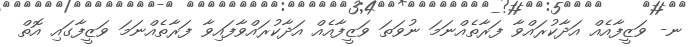
ނ- ވަޒީފާއެއް އަދާކުރައްވާ ފަރާތެއްނަމަ ނުވަތަ ވަޒީފާއެއް އަދާކުރައްވާފައިވާ ފަރާތެއްނަމަ ވަޒީފާގައި އޮތް